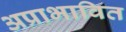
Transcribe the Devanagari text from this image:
अप्राभावित